Annual administration report of the Civil Veterinary Department of India - 1894-1895
Year: 1894
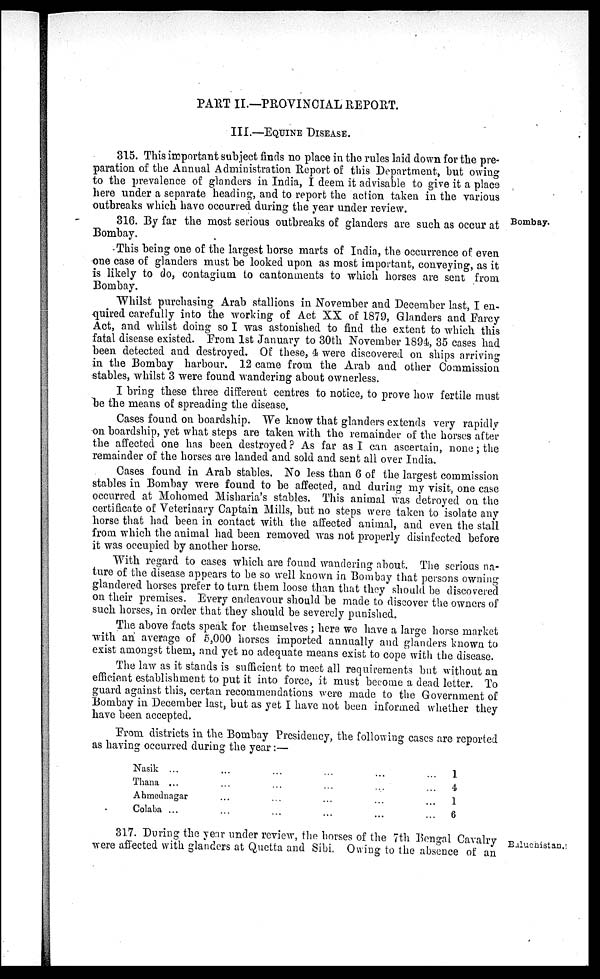
PART II.—PROVINCIAL REPORT.
III.—EQUINE DISEASE
315. This important subject finds no place in the rules laid down for the pre-
paration of the Annual Administration Report of this Department, but owing
to the prevalence of glanders in India, I deem it advisable to give it a place
here under a separate heading, and to report the action taken in the various
outbreaks which have occurred during the year under review.
Bombay.
316. By far the most serious outbreaks of glanders are such as occur at
Bombay.
This being one of the largest horse marts of India, the occurrence of even
one case of glanders must be looked upon as most important, conveying, as it
is likely to do, contagium to cantonments to which horses are sent from
Bombay.
Whilst purchasing Arab stallions in November and December last, I en-
quired carefully into the working of Act XX of 1879, Glanders and Farcy
Act, and whilst doing so I was astonished to find the extent to which this
fatal disease existed. From 1st January to 30th November 1894, 35 cases had
been detected and destroyed. Of these, 4 were discovered on ships arriving
in the Bombay harbour. 12 came from the Arab and other Commission
stables, whilst 3 were found wandering about ownerless.
I bring these three different centres to notice, to prove how fertile must
be the means of spreading the disease.
Cases found on boardship. We know that glanders extends very rapidly
on boardship, yet what steps are taken with the remainder of the horses after
the affected one has been destroyed? As far as I can ascertain, none; the
remainder of the horses are landed and sold and sent all over India.
Cases found in Arab stables. No less than 6 of the largest commission
stables in Bombay were found to be affected, and during my visit, one case
occurred at Mohomed Misharia's stables. This animal was detroyed on the
certificate of Veterinary Captain Mills, but no steps were taken to isolate any
horse that had been in contact with the affected animal, and even the stall
from which the animal had been removed was not properly disinfected before
it was occupied by another horse.
With regard to cases which are found wandering about. The serious na-
ture of the disease appears to be so well known in Bombay that persons owning
glandered horses prefer to turn them loose than that they should be discovered
on their premises. Every endeavour should be made to discover the owners of
such horses, in order that they should be severely punished.
The above facts speak for themselves ; here we have a large horse market
with an average of 5,000 horses imported annually and glanders known to
exist amongst them, and yet no adequate means exist to cope with the disease.
The law as it stands is sufficient to meet all requirements but without an
efficient establishment to put it into force, it must become a dead letter. To
guard against this, certan recommendations were made to the Government of
Bombay in December last, but as yet I have not been informed whether they
have been accepted.
From districts in the Bombay Presidency, the following cases are reported
as having occurred during the year:—
Nasik ...
Thana ...
Ahmednagar
Colaba ...
...
...
...
...
...
...
...
...
...
...
...
...
...
...
...
...
...
...
...
...
1
4
1
6
Baluchistan.!
317. During the year under review, the horses of the 7th Bengal Cavalry
were affected with glanders at Quetta and Sibi. Owing to the absence of an